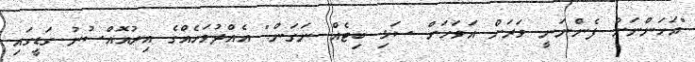
"އަހަންނަށް ފެންނަނީ ވަރަށް އަވަހަށް ސަޅި ބިޓެއް ނަގަން." އެއްދުވަހެއްގެ އިރުއޮއްސުނު ގަޑީގައި